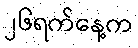
၂၆ရက်နေ့က